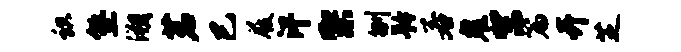
识塾溯茗巳屐汗架刎矜若鬼梨篇卉芝